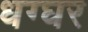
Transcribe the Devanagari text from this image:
धग्घर